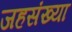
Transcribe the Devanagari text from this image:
जहसंख्या